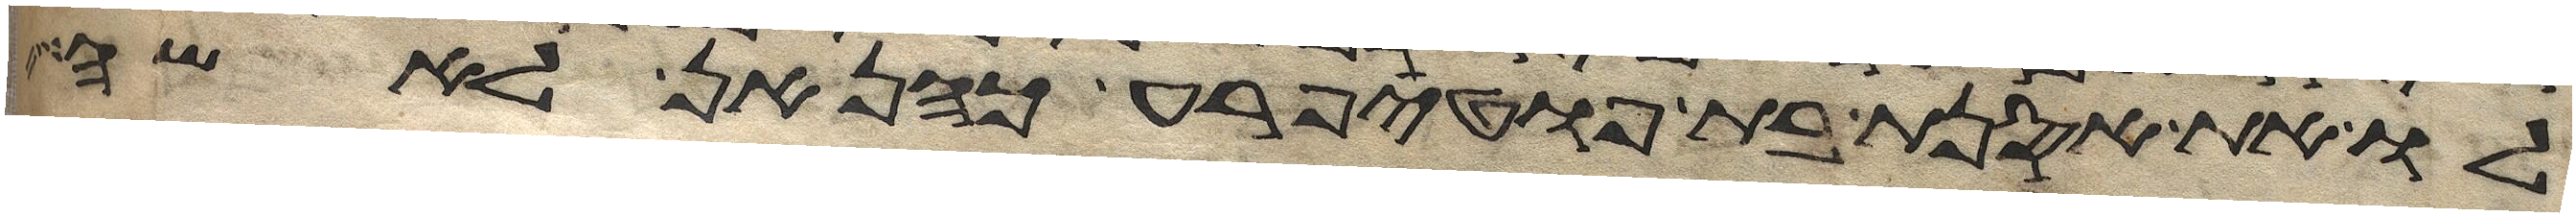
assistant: לו את אסנת בת פוטיפרע כהן אן לאשה